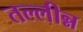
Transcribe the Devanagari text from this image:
तल्लीन्न